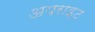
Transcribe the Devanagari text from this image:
अपराइट